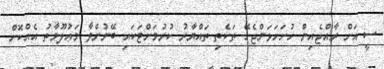
ސީ އަށް ރާއްޖެއިން ހުށަހަޅަންޖެހޭ ތަކެތި ތައްޔާރު ކުރުމަށްޓަކައި ބޭނުންވާ މަޢުލޫމާތު އެއްކޮށް